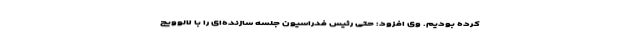
کرده بودیم. وی افزود: حتی رئیس فدراسیون جلسه سازنده‌ای را با لالوویچ